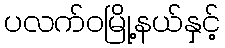
ပလက်ဝမြို့နယ်နှင့်